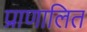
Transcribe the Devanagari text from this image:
प्राणालित